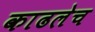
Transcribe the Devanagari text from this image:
काढलेच